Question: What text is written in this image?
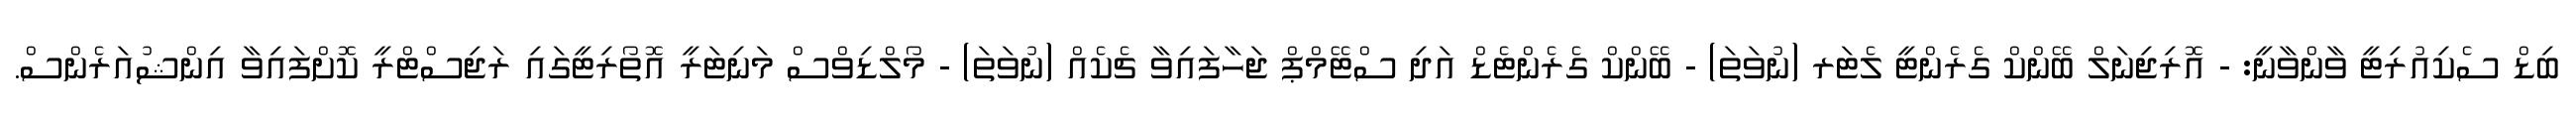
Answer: ބިޑް ސެކިއުރިޓީ ވާންވާނީ: - އޮރިޖިނަލް ބޭންކް ގެރެންޓީ ލެޓަރ (ނުވަތަ) - ބޭންކް ގެރެންޓެޑް އަދި ސްޓޭމްޕް ޖަހާފައިވާ ޗެކެއް (ނުވަތަ) - މޯލްޑިވްސް މަނިޓަރީ އޮތޯރިޓީގައި ރަޖިސްޓްރީ ކޮށްފައިވާ އިންޝުއަރެންސް.